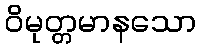
ဝိမုတ္တမာနသော